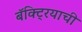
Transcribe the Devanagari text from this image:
बॅक्ट्रियाची